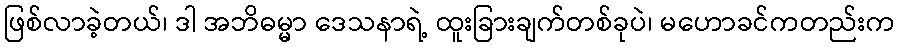
ဖြစ်လာခဲ့တယ်၊ ဒါ အဘိဓမ္မာ ဒေသနာရဲ့ ထူးခြားချက်တစ်ခုပဲ၊ မဟောခင်ကတည်းက